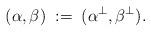
LaTeX: \begin{align*}(\alpha,\beta)\;:=\; (\alpha^\bot, \beta^\bot).\end{align*}